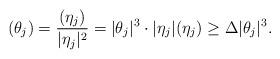
LaTeX: \begin{align*}(\theta_j)=\frac{(\eta_j)}{|\eta_j|^2} =|\theta_j|^3\cdot|\eta_j|(\eta_j) \ge \Delta |\theta_j|^3.\end{align*}